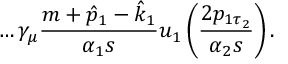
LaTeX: \dots \gamma _ { \mu } \frac { m + \hat { p } _ { 1 } - \hat { k } _ { 1 } } { \alpha _ { 1 } s } u _ { 1 } \left( \frac { 2 p _ { 1 \tau _ { 2 } } } { \alpha _ { 2 } s } \right) .